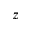
z